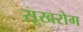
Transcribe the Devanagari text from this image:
सूखरोग